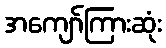
အကျော်ကြားဆုံး